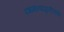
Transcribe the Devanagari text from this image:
दशमानपद्धतीच्या